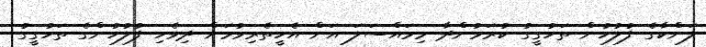
ލަންކާގެ ފުލުހުން ތަހުގީގު ކުރަމުންދާ މިމައްސަލަ އަށް އެހީތެރިވުމަށް ދިވެހި ފުލުހުންގެ ތަހުގީގު